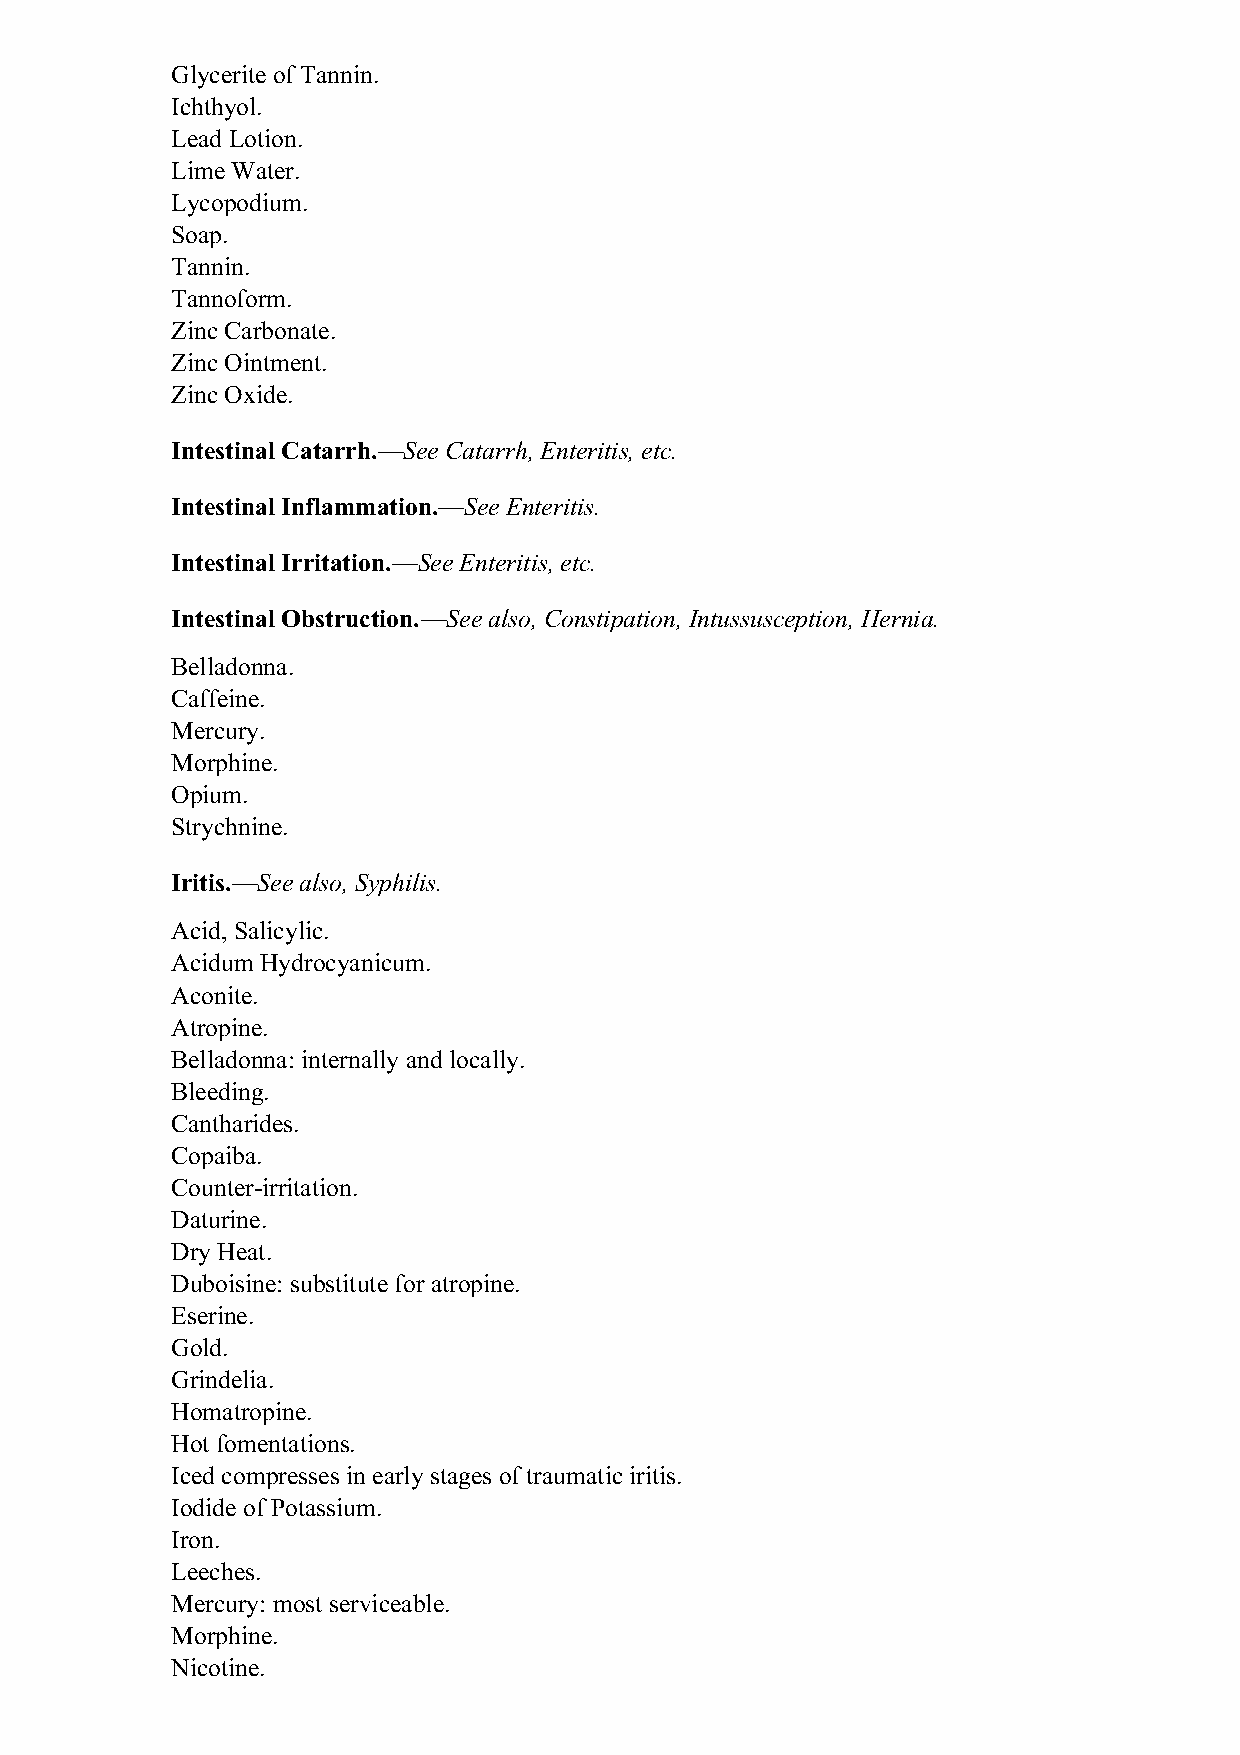
Glycerite of Tannin.
 Ichthyol.
 Lead Lotion.
 Lime Water.
 Lycopodium.
 Soap.
 Tannin.
 Tannoform.
 Zinc Carbonate.
 Zinc Ointment.
 Zinc Oxide.
 Intestinal Catarrh.—See Catarrh, Enteritis, etc.
 Intestinal Inflammation.—See Enteritis.
 Intestinal Irritation.—See Enteritis, etc.
 Intestinal Obstruction.—See also, Constipation, Intussusception, Hernia.
 Belladonna.
 Caffeine.
 Mercury.
 Morphine.
 Opium.
 Strychnine.
 Iritis.—See also, Syphilis.
 Acid, Salicylic.
 Acidum Hydrocyanicum.
 Aconite.
 Atropine.
 Belladonna: internally and locally.
 Bleeding.
 Cantharides.
 Copaiba.
 Counter-irritation.
 Daturine.
 Dry Heat.
 Duboisine: substitute for atropine.
 Eserine.
 Gold.
 Grindelia.
 Homatropine.
 Hot fomentations.
 Iced compresses in early stages of traumatic iritis.
 Iodide of Potassium.
 Iron.
 Leeches.
 Mercury: most serviceable.
 Morphine.
 Nicotine.